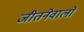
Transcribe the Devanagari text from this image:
जीतनेवालों